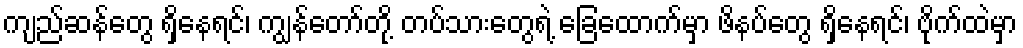
ကျည်ဆန်တွေ ရှိနေရင်၊ ကျွန်တော်တို့ တပ်သားတွေရဲ့ ခြေထောက်မှာ ဖိနပ်တွေ ရှိနေရင်၊ ဗိုက်ထဲမှာ